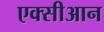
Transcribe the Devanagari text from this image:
एक्सीआन